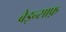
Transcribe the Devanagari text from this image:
बेइन्साफ़